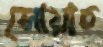
সোয়াচ